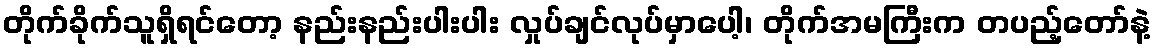
တိုက်ခိုက်သူရှိရင်တော့ နည်းနည်းပါးပါး လှုပ်ချင်လုပ်မှာပေါ့၊ တိုက်အမကြီးက တပည့်တော်နဲ့